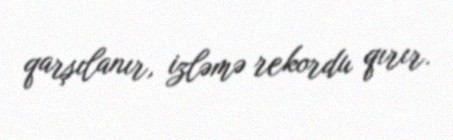
qarşılanır, izləmə rekordu qırır.